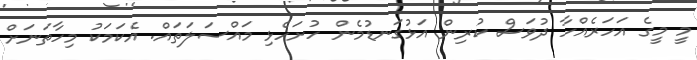
މީ މީގެ އަހަރެއްހާ ދުވަސް ކުރިން އަޅުގަނޑުމެން ހުށަހެޅި މައްސަލަތައް. އެކަމަކު މިހާތަނަށް